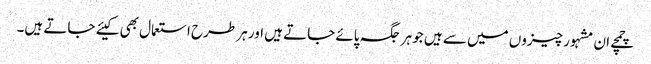
چمچے ان مشہور چیزوں میں سے ہیں جو ہر جگہ پائے جاتے ہیں اور ہر طرح استعمال بھی کیئے جاتے ہیں۔